Lunatic asylums Burma 1907-21 - 1907-1921
Year: 1907
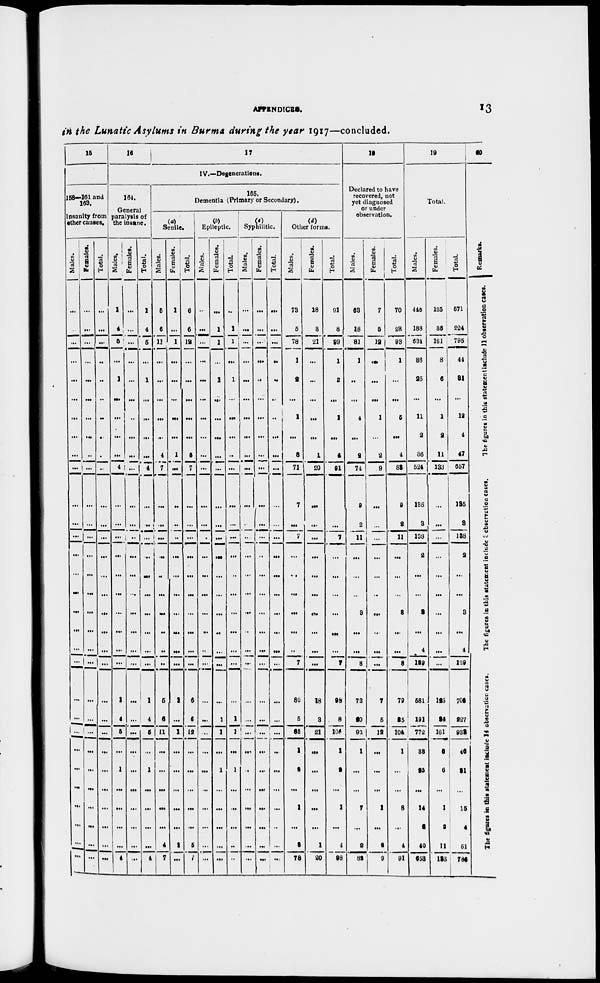
APPENDICES.
13
in the Lunatic Asylums in Burma during the year 1917—concluded.
15
158—161 and
163.
Insanity from
other causes.
Males.
...
...
...
...
...
...
...
...
...
...
...
...
...
...
...
...
...
...
...
...
...
...
...
...
...
...
...
...
...
...
Females.
...
...
...
...
...
...
...
...
...
...
...
...
...
...
...
...
...
...
...
...
...
...
...
...
...
...
...
...
...
...
Total.
...
...
...
...
...
...
...
...
...
...
...
...
...
...
...
...
...
...
...
...
...
...
...
...
...
...
...
...
...
...
16
17
IV.—Degenerations.
164.
General
paralysis of
the insane.
Males.
1
4
5
...
1
...
...
...
...
4
...
...
...
...
...
...
...
...
...
...
1
4
5
...
1
...
...
...
...
4
Females.
...
...
...
...
...
...
...
...
...
...
...
...
...
...
...
...
...
...
...
...
...
...
...
...
...
...
...
...
...
...
Total.
1
4
5
...
1
...
...
...
...
4
...
...
...
...
...
...
...
...
...
...
1
4
5
...
1
...
...
...
...
4
165.
Dementia (Primary or Secondary).
(a)
Senile.
Males.
5
6
11
...
...
...
...
...
4
7
...
...
...
...
...
...
...
...
...
...
5
6
11
...
...
...
...
...
4
7
Females.
1
...
1
...
...
...
...
...
1
...
...
...
...
...
...
...
...
...
...
...
1
...
1
...
...
...
...
...
1
...
Total.
6
6
12
...
...
...
...
...
5
7
...
...
...
...
...
...
...
...
...
...
6
6
12
...
...
...
...
...
5
7
(b)
Epileptic.
Males.
...
...
...
...
...
...
...
...
...
...
...
...
...
...
...
...
...
...
...
...
...
...
...
...
...
...
...
...
...
...
Females.
...
1
1
...
1
...
...
...
...
...
...
...
...
...
...
...
...
...
...
...
...
1
1
...
1
...
...
...
...
...
Total.
...
1
1
...
1
...
...
...
...
...
...
...
...
...
...
...
...
...
...
...
...
1
1
...
1
...
...
...
...
...
(c)
Syphilitic.
Males.
...
...
...
...
...
...
...
...
...
...
...
...
...
...
...
...
...
...
...
...
...
...
...
...
...
...
...
...
...
...
Females.
...
...
...
...
...
...
...
...
...
...
...
...
...
...
...
...
...
...
...
...
...
...
...
...
...
...
...
...
...
...
Total.
...
...
...
...
...
...
...
...
...
...
...
...
...
...
...
...
...
...
...
...
...
...
...
...
...
...
...
...
...
...
(d)
Other forms.
Males.
73
5
78
1
2
...
1
...
3
71
7
...
7
...
...
...
...
...
...
7
80
5
85
1
2
...
1
...
3
78
Females.
18
3
21
...
...
...
...
...
1
20
...
...
...
...
...
...
...
...
...
...
18
3
21
...
...
...
...
...
1
20
Total.
91
8
99
1
2
...
1
...
4
91
7
...
7
...
...
...
...
...
...
7
98
8
106
1
2
...
1
...
4
98
18
Declared to have
recovered, not
yet diagnosed
or under
observation.
Males.
63
18
81
1
...
...
4
...
2
74
9
2
11
...
...
...
3
...
...
8
72
20
92
1
...
...
7
...
2
82
Females.
7
5
12
...
...
...
1
...
2
9
...
...
...
...
...
...
...
...
...
...
7
5
12
...
...
...
1
...
2
9
Total.
70
23
93
1
...
...
5
...
4
83
9
2
11
...
...
...
3
...
...
8
79
25
104
1
...
...
8
...
4
91
19
Total.
Males.
446
188
631
36
25
...
11
2
36
524
135
3
138
2
...
...
3
...
4
129
581
191
772
38
25
...
14
2
40
653
Females.
125
36
161
8
6
...
1
2
11
133
...
...
...
...
...
...
...
...
...
...
125
26
161
8
6
...
1
2
11
133
Total.
571
224
795
44
31
...
12
4
47
657
135
3
138
2
...
...
3
...
4
129
706
227
933
46
31
...
15
4
51
786
20
Remarks.
The figures in this statement include 11 observation cases.
The figures in this statement include 3 observation cases.
The figures in this statement include 14 observation cases.